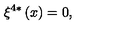
\xi ^ { 4 \ast } \left( x \right) = 0 ,